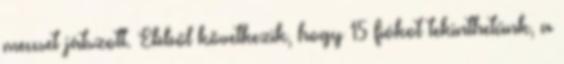
meccset játszott. Ebből következik, hogy 15 fiókot tekinthetünk, a